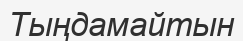
Тыңдамайтын